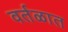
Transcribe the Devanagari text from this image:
वर्तळात